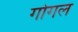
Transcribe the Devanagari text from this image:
गोगल